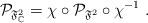
LaTeX: \begin{align*}\mathcal{P}_{\mathfrak{F}^2_{\mathbb{C}}}=\chi\circ \mathcal{P}_{\mathfrak{F}^2}\circ \chi^{-1} \ .\end{align*}